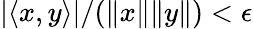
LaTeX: |\langle x,y\rangle|/(\| x\| \| y\| )<\epsilon